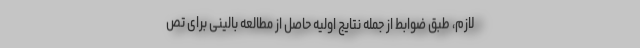
لازم، طبق ضوابط از جمله نتایج اولیه حاصل از مطالعه بالینی برای تص